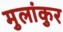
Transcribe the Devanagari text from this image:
मुलांकुर